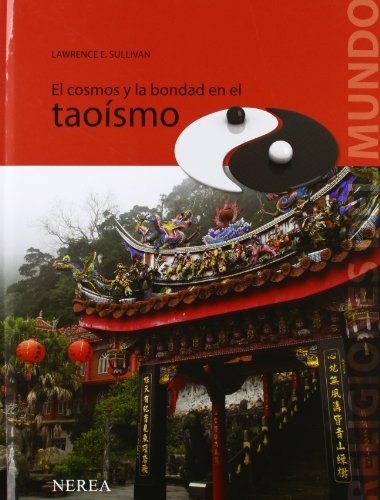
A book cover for El cosmos y la bondad en el taoÃ­smo (Religiones del Mundo) (Spanish Edition); Lawrence E. Sullivan; Teen & Young Adult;